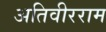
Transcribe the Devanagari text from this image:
अतिवीरराम